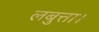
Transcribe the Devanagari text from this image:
लबुत्ता।